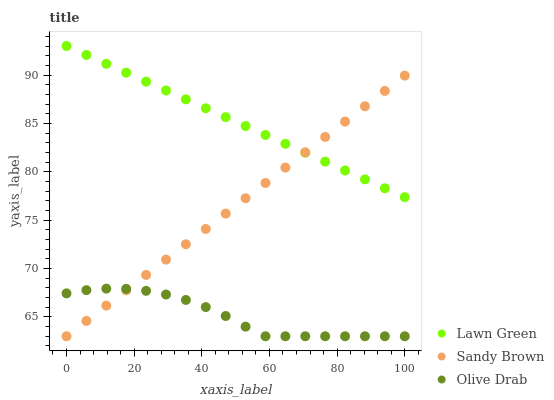
| xaxis_label | Lawn Green | Sandy Brown | Olive Drab |
 | --- | --- | --- | --- |
 | 0 | 93 | 63 | 67.4 |
 | 5.88 | 92.1 | 64.6 | 67.8 |
 | 11.8 | 91.2 | 66.2 | 67.9 |
 | 17.6 | 90.2 | 67.8 | 67.9 |
 | 23.5 | 89.3 | 69.3 | 67.7 |
 | 29.4 | 88.4 | 70.9 | 67.3 |
 | 35.3 | 87.5 | 72.5 | 66.8 |
 | 41.2 | 86.6 | 74.1 | 66 |
 | 47.1 | 85.6 | 75.7 | 65.1 |
 | 52.9 | 84.7 | 77.3 | 64 |
 | 58.8 | 83.8 | 78.8 | 63 |
 | 64.7 | 82.9 | 80.4 | 63 |
 | 70.6 | 82 | 82 | 63 |
 | 76.5 | 81.1 | 83.6 | 63 |
 | 82.4 | 80.1 | 85.2 | 63 |
 | 88.2 | 79.2 | 86.8 | 63 |
 | 94.1 | 78.3 | 88.4 | 63 |
 | 100 | 77.4 | 89.9 | 63 |